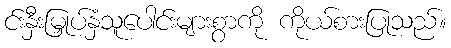
င်းနှီးမြှုပ်နှံသူပေါင်းများစွာကို ကိုယ်စားပြုသည်။